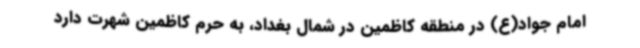
امام جواد(ع) در منطقه کاظمین در شمال بغداد، به حرم کاظمین شهرت دارد